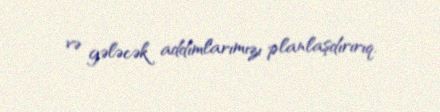
və gələcək addımlarımızı planlaşdırırıq.